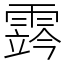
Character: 霠